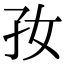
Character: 𡥃